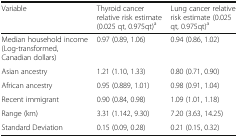
| Variable | Thyroid cancer relative risk estimate (0.025 qt, 0.975qt)a | Lung cancer relative risk estimate (0.025 qt, 0.975qt)a |
 | --- | --- | --- |
 | Median household income (Log-transformed, Canadian dollars) | 0.97 (0.89, 1.06) | 0.94 (0.86, 1.02) |
 | Asian ancestry | 1.21 (1.10, 1.33) | 0.80 (0.71, 0.90) |
 | African ancestry | 0.95 (0.889, 1.01) | 0.98 (0.91, 1.04) |
 | Recent immigrant | 0.90 (0.84, 0.98) | 1.09 (1.01, 1.18) |
 | Range (km) | 3.31 (1.142, 9.30) | 7.20 (3.63, 14.25) |
 | Standard Deviation | 0.15 (0.09, 0.28) | 0.21 (0.15, 0.32) |